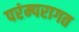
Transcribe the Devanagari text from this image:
परंम्परागत